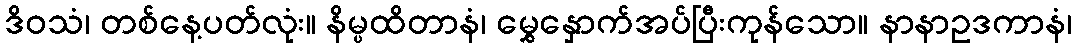
ဒိဝသံ၊ တစ်နေ့ပတ်လုံး။ နိမ္ပထိတာနံ၊ မွှေနှောက်အပ်ပြီးကုန်သော။ နာနာဥဒကာနံ၊